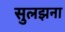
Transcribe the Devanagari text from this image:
सुलझना